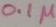
Text: 0.1µ